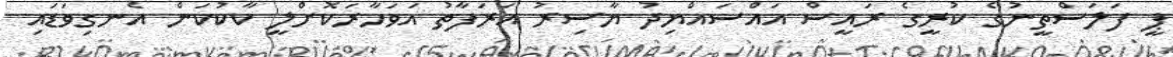
ޕީ ފަލަސްތީނުގެ ކުރީގެ ރައީސް އައްސައްޔިދު ޔާސިރު އަރަފާތު އަވަހާރަކޮށްލީ ކާކުކަން އެނގިވަޑައި